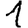
Digit: 1